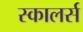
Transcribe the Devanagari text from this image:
स्कालर्स